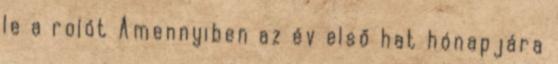
le a rolót Amennyiben az év első hat hónapjára